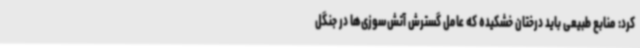
کرد: منابع طبیعی باید درختان خشکیده که عامل گسترش آتش‌سوزی‌ها در جنگل